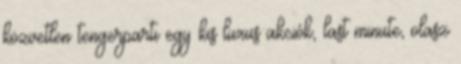
közvetlen tengerparti egy kis luxus akciók, last minute, olasz